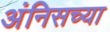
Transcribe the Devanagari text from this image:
अंनिसच्या